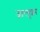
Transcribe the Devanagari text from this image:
जारबूशर